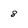
Character: 8